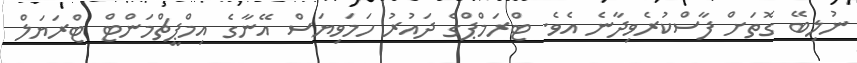
ނުލިބޭ ގޮތަށް ފާސްކުރެވިދާނެ އެވެ. ޓްރަމްޕްގެ ދައުރު ހަމަވިޔަސް އޭނާގެ އިމްޕީޗްމަންޓް ޓްރަޔަލް